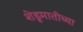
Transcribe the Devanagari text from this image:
शेडूमातीच्या